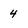
Character: 4